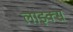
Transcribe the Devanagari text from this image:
लाइक्‍स